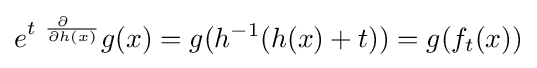
e^{t~{\frac {\partial ~~}{\partial h(x)}}}g(x)=g(h^{-1}(h(x)+t))=g(f_{t}(x))